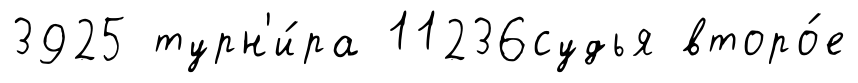
3925 турн'и́ра 11236судья второ́е